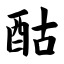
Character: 酤